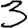
Digit: 3